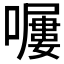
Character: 𡀿